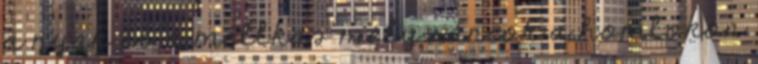
a nyak és a mellkas mély ráncok a homlokon